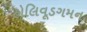
હોલિવૂડગમન